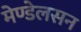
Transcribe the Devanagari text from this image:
मेण्डेलसन